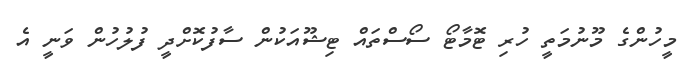
މީހުންގެ މޫނުމަތީ ހުރި ޓޮމާޓޯ ސޯސްތައް ޓިޝޫއަކުން ސާފުކޮށްދީ ފުލުހުން ވަނީ އެ